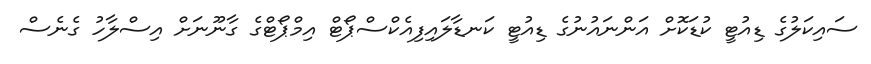
ސައިކަލުގެ ޑިއުޓީ ކުޑަކޮށް އަންނައުނުގެ ޑިއުޓީ ކަނޑާލައިފިއެކްސްޕޯޓް އިމްޕޯޓްގެ ގާނޫނަށް އިސްލާހު ގެނެސް